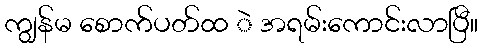
ကျွန်မ စောက်ပတ်ထ ဲ အရမ်းကောင်းလာပြီ။